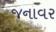
જનાવર